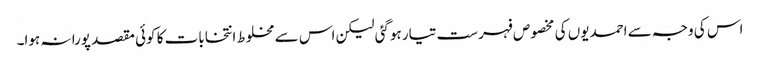
اس کی وجہ سے احمدیوں کی مخصوص فہرست تیار ہوگئی لیکن اس سے مخلوط انتخابات کا کوئی مقصد پورا نہ ہوا۔